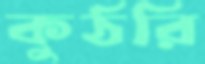
কুঠরি